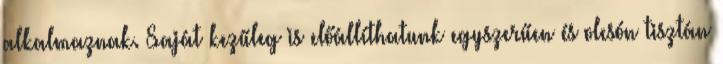
alkalmaznak. Saját kezűleg is előállíthatunk egyszerűen és olcsón tisztán